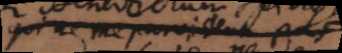
qui ne me _ pas